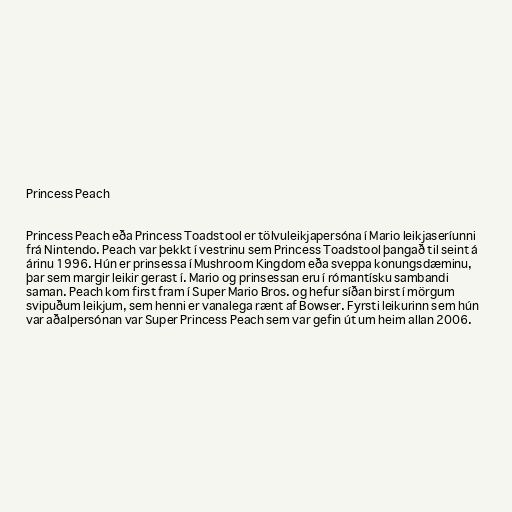
Princess Peach

Princess Peach eða Princess Toadstool er tölvuleikjapersóna í Mario leikjaseríunni
frá Nintendo. Peach var þekkt í vestrinu sem Princess Toadstool þangað til seint á
árinu 1996. Hún er prinsessa í Mushroom Kingdom eða sveppa konungsdæminu,
þar sem margir leikir gerast í. Mario og prinsessan eru í rómantísku sambandi
saman. Peach kom first fram í Super Mario Bros. og hefur síðan birst í mörgum
svipuðum leikjum, sem henni er vanalega rænt af Bowser. Fyrsti leikurinn sem hún
var aðalpersónan var Super Princess Peach sem var gefin út um heim allan 2006.